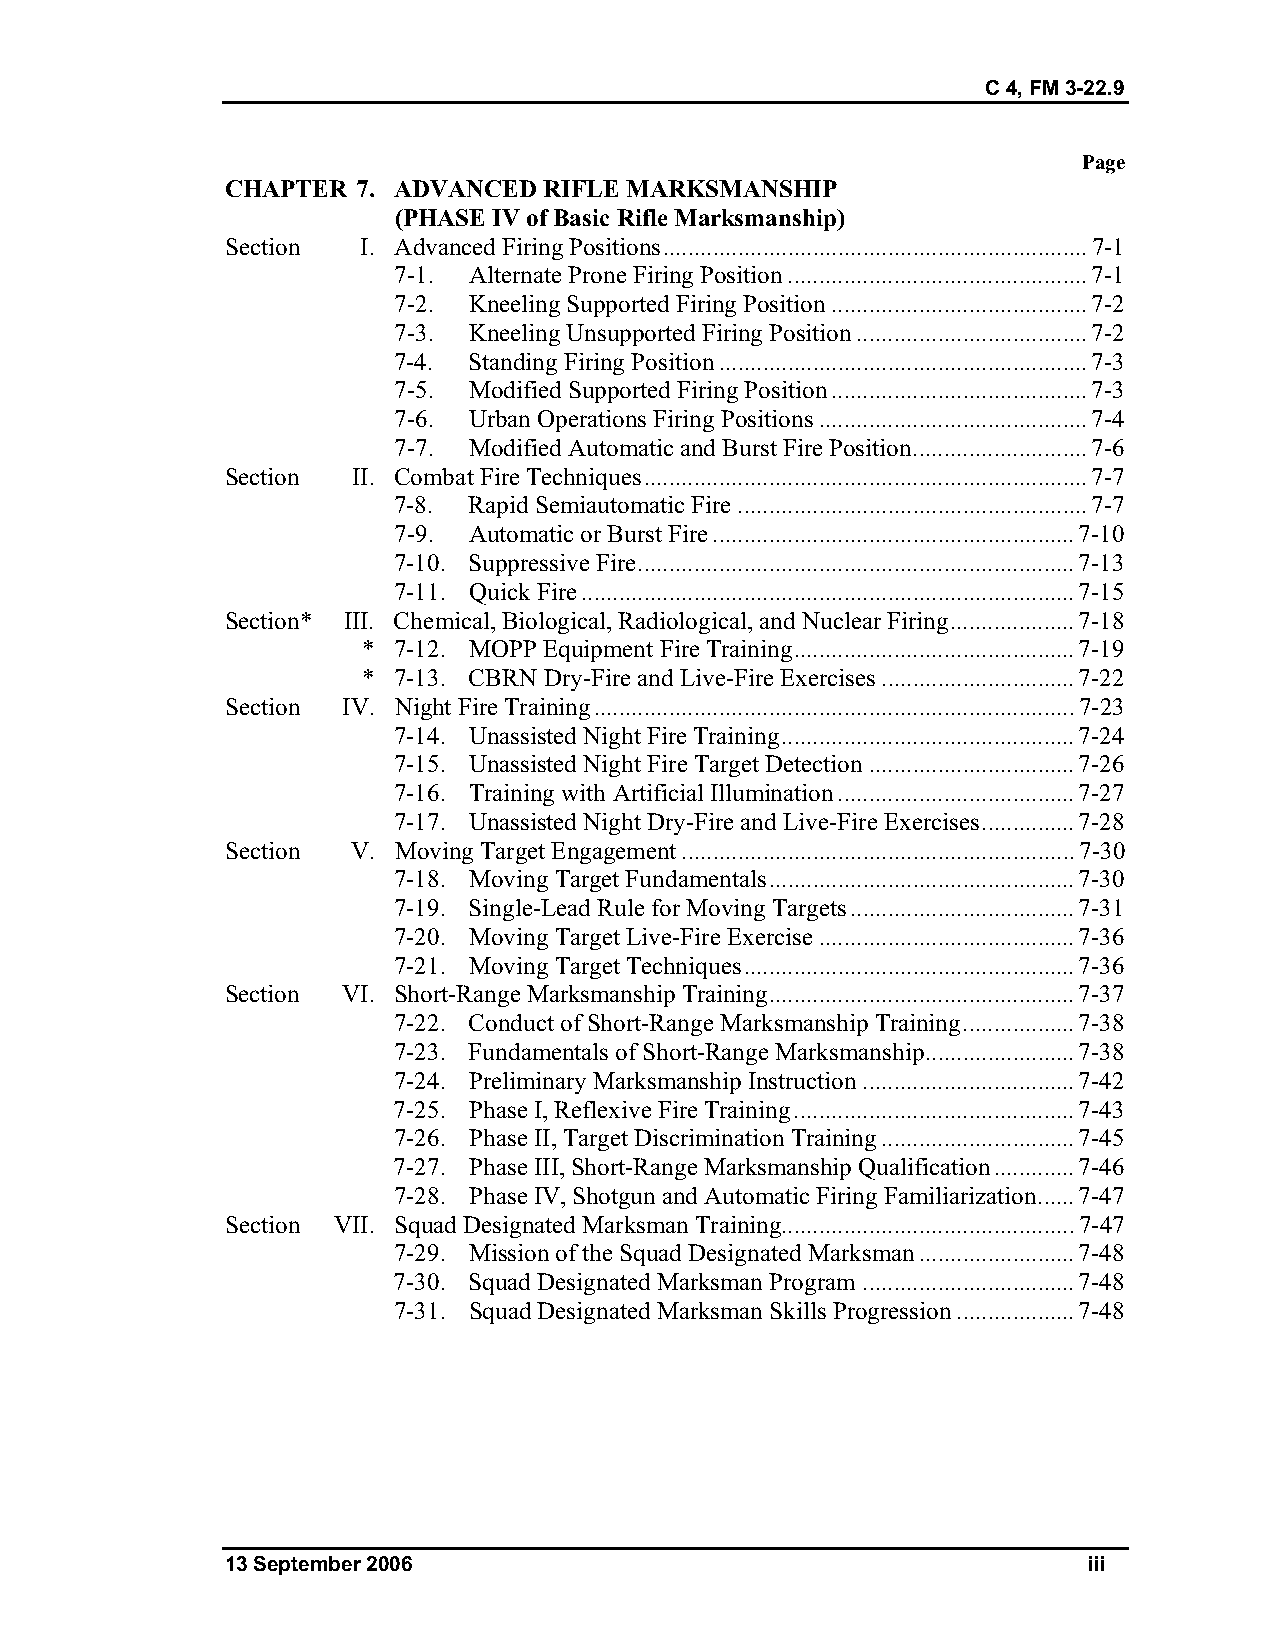
C 4, FM 3-22.9
 Page
 CHAPTER  7. ADVANCED RIFLE MARKSMANSHIP
 (PHASE IV of Basic Rifle Marksmanship)
 Section  I. Advanced Firing Positions....................................................................7-1
 7-1. Alternate Prone Firing Position................................................7-1
 7-2. Kneeling Supported Firing Position.........................................7-2
 7-3. Kneeling Unsupported Firing Position.....................................7-2
 7-4. Standing Firing Position...........................................................7-3
 7-5. Modified Supported Firing Position.........................................7-3
 7-6. Urban Operations Firing Positions...........................................7-4
 7-7. Modified Automatic and Burst Fire Position............................7-6
 Section II. Combat Fire Techniques.......................................................................7-7
 7-8. Rapid Semiautomatic Fire........................................................7-7
 7-9. Automatic or Burst Fire..........................................................7-10
 7-10. Suppressive Fire......................................................................7-13
 7-11. Quick Fire...............................................................................7-15
 Section* III. Chemical, Biological, Radiological, and Nuclear Firing....................7-18
 * 7-12. MOPP Equipment Fire Training.............................................7-19
 * 7-13. CBRN Dry-Fire and Live-Fire Exercises...............................7-22
 Section IV. Night Fire Training.............................................................................7-23
 7-14. Unassisted Night Fire Training...............................................7-24
 7-15. Unassisted Night Fire Target Detection.................................7-26
 7-16. Training with Artificial Illumination......................................7-27
 7-17. Unassisted Night Dry-Fire and Live-Fire Exercises...............7-28
 Section V. Moving Target Engagement...............................................................7-30
 7-18. Moving Target Fundamentals.................................................7-30
 7-19. Single-Lead Rule for Moving Targets....................................7-31
 7-20. Moving Target Live-Fire Exercise.........................................7-36
 7-21. Moving Target Techniques.....................................................7-36
 Section VI. Short-Range Marksmanship Training.................................................7-37
 7-22. Conduct of Short-Range Marksmanship Training..................7-38
 7-23. Fundamentals of Short-Range Marksmanship........................7-38
 7-24. Preliminary Marksmanship Instruction..................................7-42
 7-25. Phase I, Reflexive Fire Training.............................................7-43
 7-26. Phase II, Target Discrimination Training...............................7-45
 7-27. Phase III, Short-Range Marksmanship Qualification.............7-46
 7-28. Phase IV, Shotgun and Automatic Firing Familiarization......7-47
 Section VII. Squad Designated Marksman Training...............................................7-47
 7-29. Mission of the Squad Designated Marksman.........................7-48
 7-30. Squad Designated Marksman Program..................................7-48
 7-31. Squad Designated Marksman Skills Progression...................7-48
 13 September 2006                                        iii